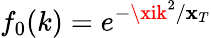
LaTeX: f_{0}(k)=e^{-\xik^{2}/\mathbf{x}_{T}}